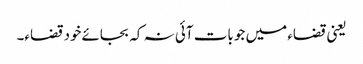
یعنی قضاء میں جو بات آئی نہ کہ بجائےخود قضاء۔